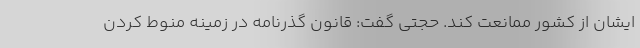
ایشان از کشور ممانعت کند. حجتی گفت: قانون گذرنامه در زمینه منوط کردن